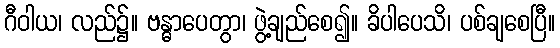
ဂီဝါယ၊ လည်၌။ ဗန္ဓာပေတွာ၊ ဖွဲ့ချည်စေ၍။ ခိပါပေသိ၊ ပစ်ချစေပြီ။